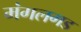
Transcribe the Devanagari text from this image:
मंगलगड